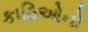
કાઠિઓનો